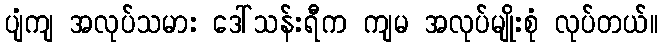
ပျံကျ အလုပ်သမား ဒေါ်သန်းရီက ကျမ အလုပ်မျိုးစုံ လုပ်တယ်။